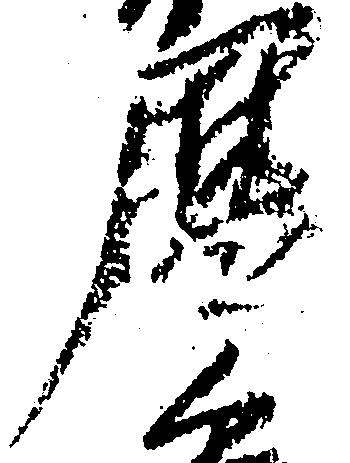
暦